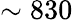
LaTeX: \sim 830